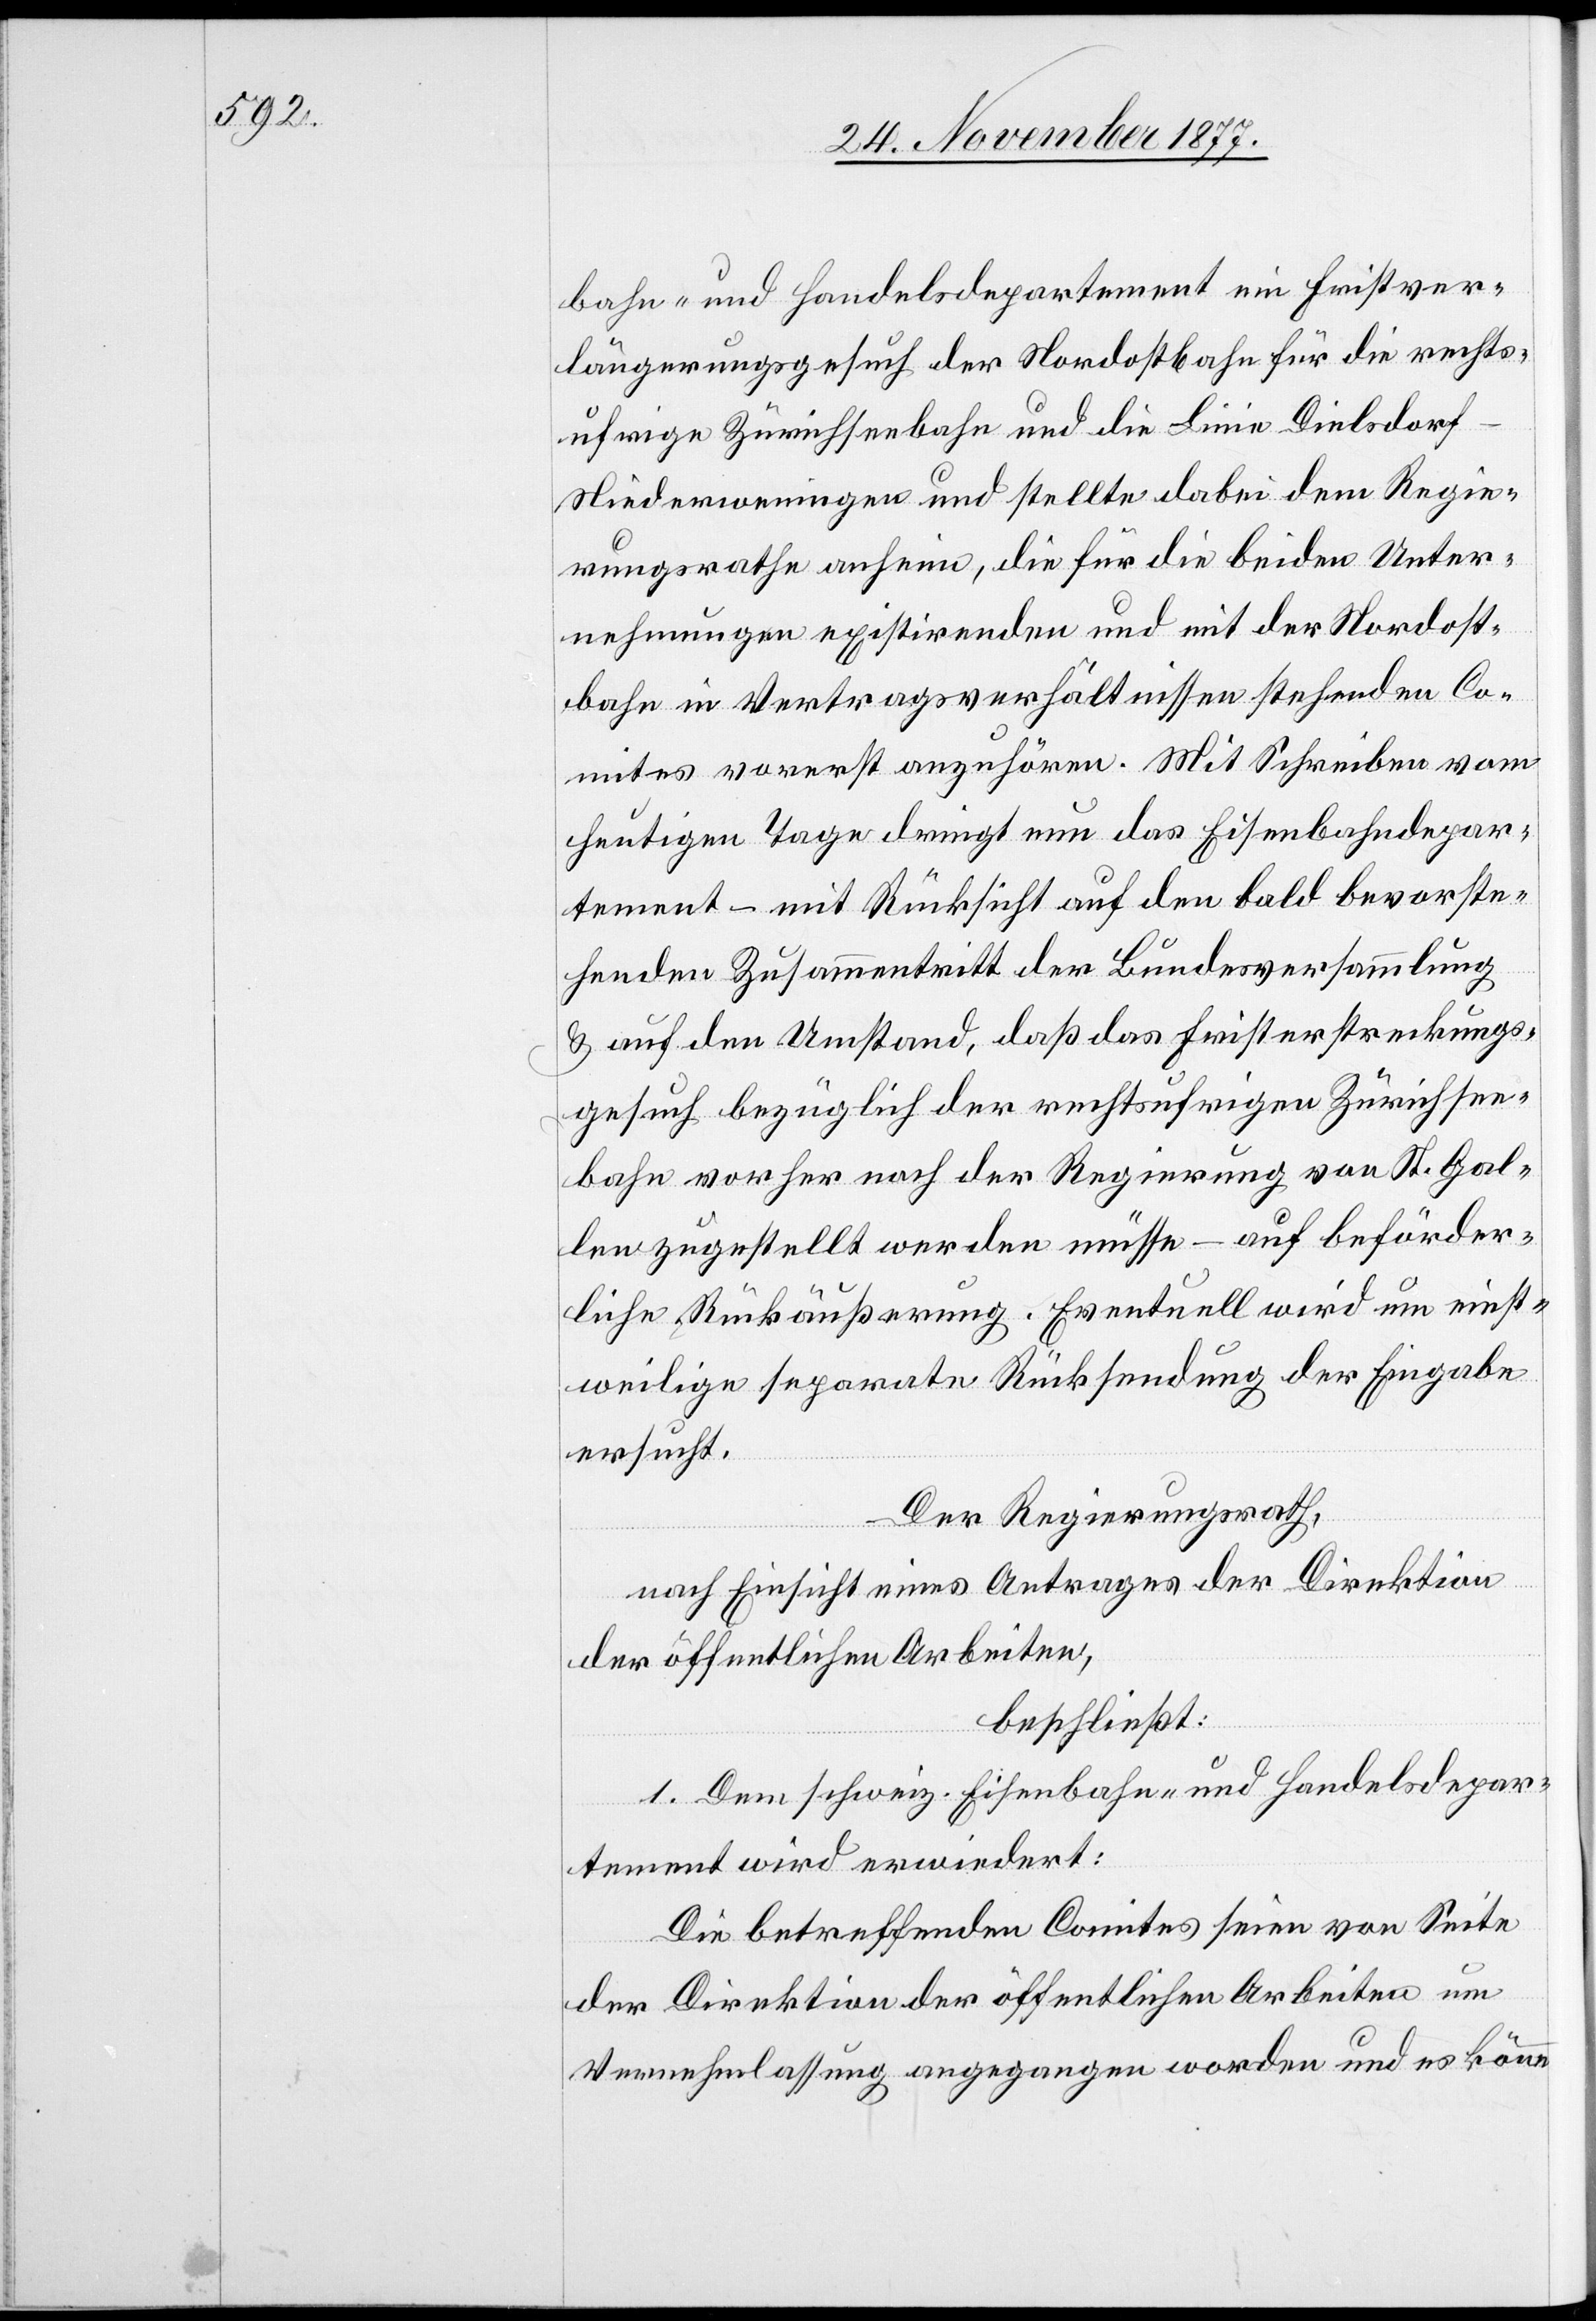
bahn- und Handelsdepartement ein Fristver¬
längerungsgesuch der Nordostbahn für die rechts¬
ufrige Zürichseebahn und die Linie Dielsdor¬
f–Niederweningen und stellte dabei dem Regie¬
rungsrathe anheim, die für die beiden Unter¬
nehmungen existirenden und mit der Nordost¬
bahn in Vertragsverhältnissen stehenden Co¬
mites vorerst anzuhören. Mit Schreiben vom
heutigen Tage dringt nun das Eisenbahndepar¬
tement – mit Rücksicht auf den bald bevorste¬
henden Zusammentritt der Bundesversammlung
& auf den Umstand, daß das Fristerstreckungs¬
gesuch bezüglich der rechtsufrigen Zürichsee¬
bahn vorher noch der Regierung von St. Gal¬
len zugestellt werden müsse – auf beförder¬
liche Rückäußerung. Eventuell wird um einst¬
weilige separate Rücksendung der Eingabe
ersucht.
Der Regierungsrath,
nach Einsicht eines Antrages der Direktion
der öffentlichen Arbeiten,
beschließt:
1. Dem schweiz. Eisenbahn- und Handelsdepar¬
tement wird erwiedert:
Die betreffenden Comites seien von Seite
der Direktion der öffentlichen Arbeiten um
Vernehmlassung angegangen worden und es könne